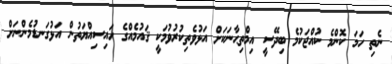
ނެތި ހަމަ ކޮންމެ ކުއްޖަކުމެ ބިދޭސީ އިމްތިޙާނަކަށް އަޅުވެތިކުރުވުމަކީ ޤައުމެއްގެ ހައިސިއްޔަތުން އަޅުގަނޑުމެންނަށް